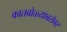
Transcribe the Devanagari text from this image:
कातबोळ्याबरोबर